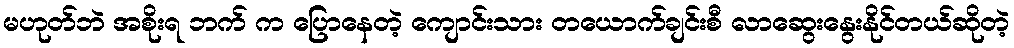
မဟုတ်ဘဲ အစိုးရ ဘက် က ပြောနေတဲ့ ကျောင်းသား တယောက်ချင်းစီ လာဆွေးနွေးနိုင်တယ်ဆိုတဲ့